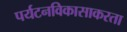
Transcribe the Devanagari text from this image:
पर्यटनविकासाकरता